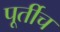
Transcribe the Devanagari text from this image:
पूर्तीच